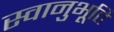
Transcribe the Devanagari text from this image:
स्‍वानुभूति